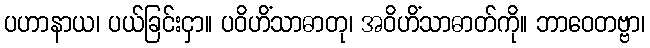
ပဟာနာယ၊ ပယ်ခြင်းငှာ။ ပဝိဟိံသာဓာတု၊ အဝိဟိံသာဓာတ်ကို။ ဘာဝေတဗ္ဗာ၊